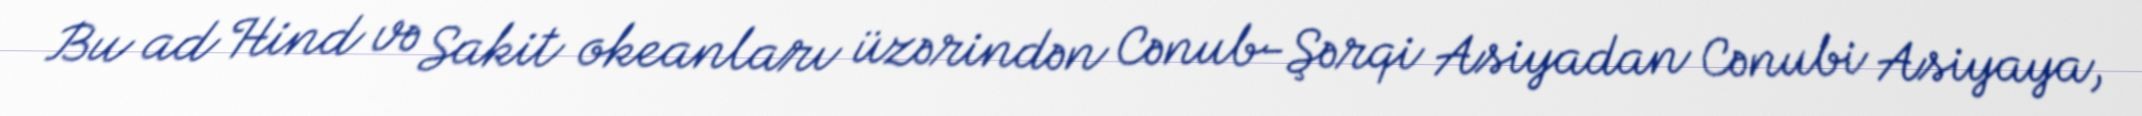
Bu ad Hind və Sakit okeanları üzərindən Cənub-Şərqi Asiyadan Cənubi Asiyaya,